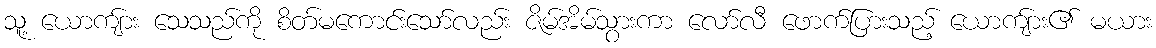
သူ့ ယောကျ်ား သေသည်ကို စိတ်မကောင်းသော်လည်း ဇိမ်အိမ်သွားကာ လော်လီ ဖောက်ပြားသည့် ယောကျ်ား၏ မယား